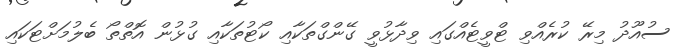
ސުއޫދު މިރޭ ކުރެއްވި ޓްވީޓެއްގައި ވިދާޅުވީ ގޭންގްތަކާއި ކޯޓުތަކާއި ގުޅުން އޮތްތޯ ބެލުމަށްޓަކައި